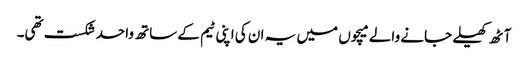
آٹھ کھیلے جانے والے میچوں میں یہ ان کی اپنی ٹیم کے ساتھ واحد شکست تھی۔